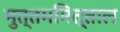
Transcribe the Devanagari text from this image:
मुत्तममित्ताल